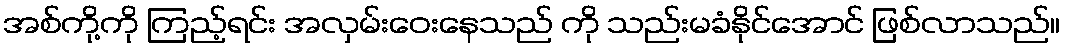
အစ်ကို့ကို ကြည့်ရင်း အလှမ်းဝေးနေသည် ကို သည်းမခံနိုင်အောင် ဖြစ်လာသည်။